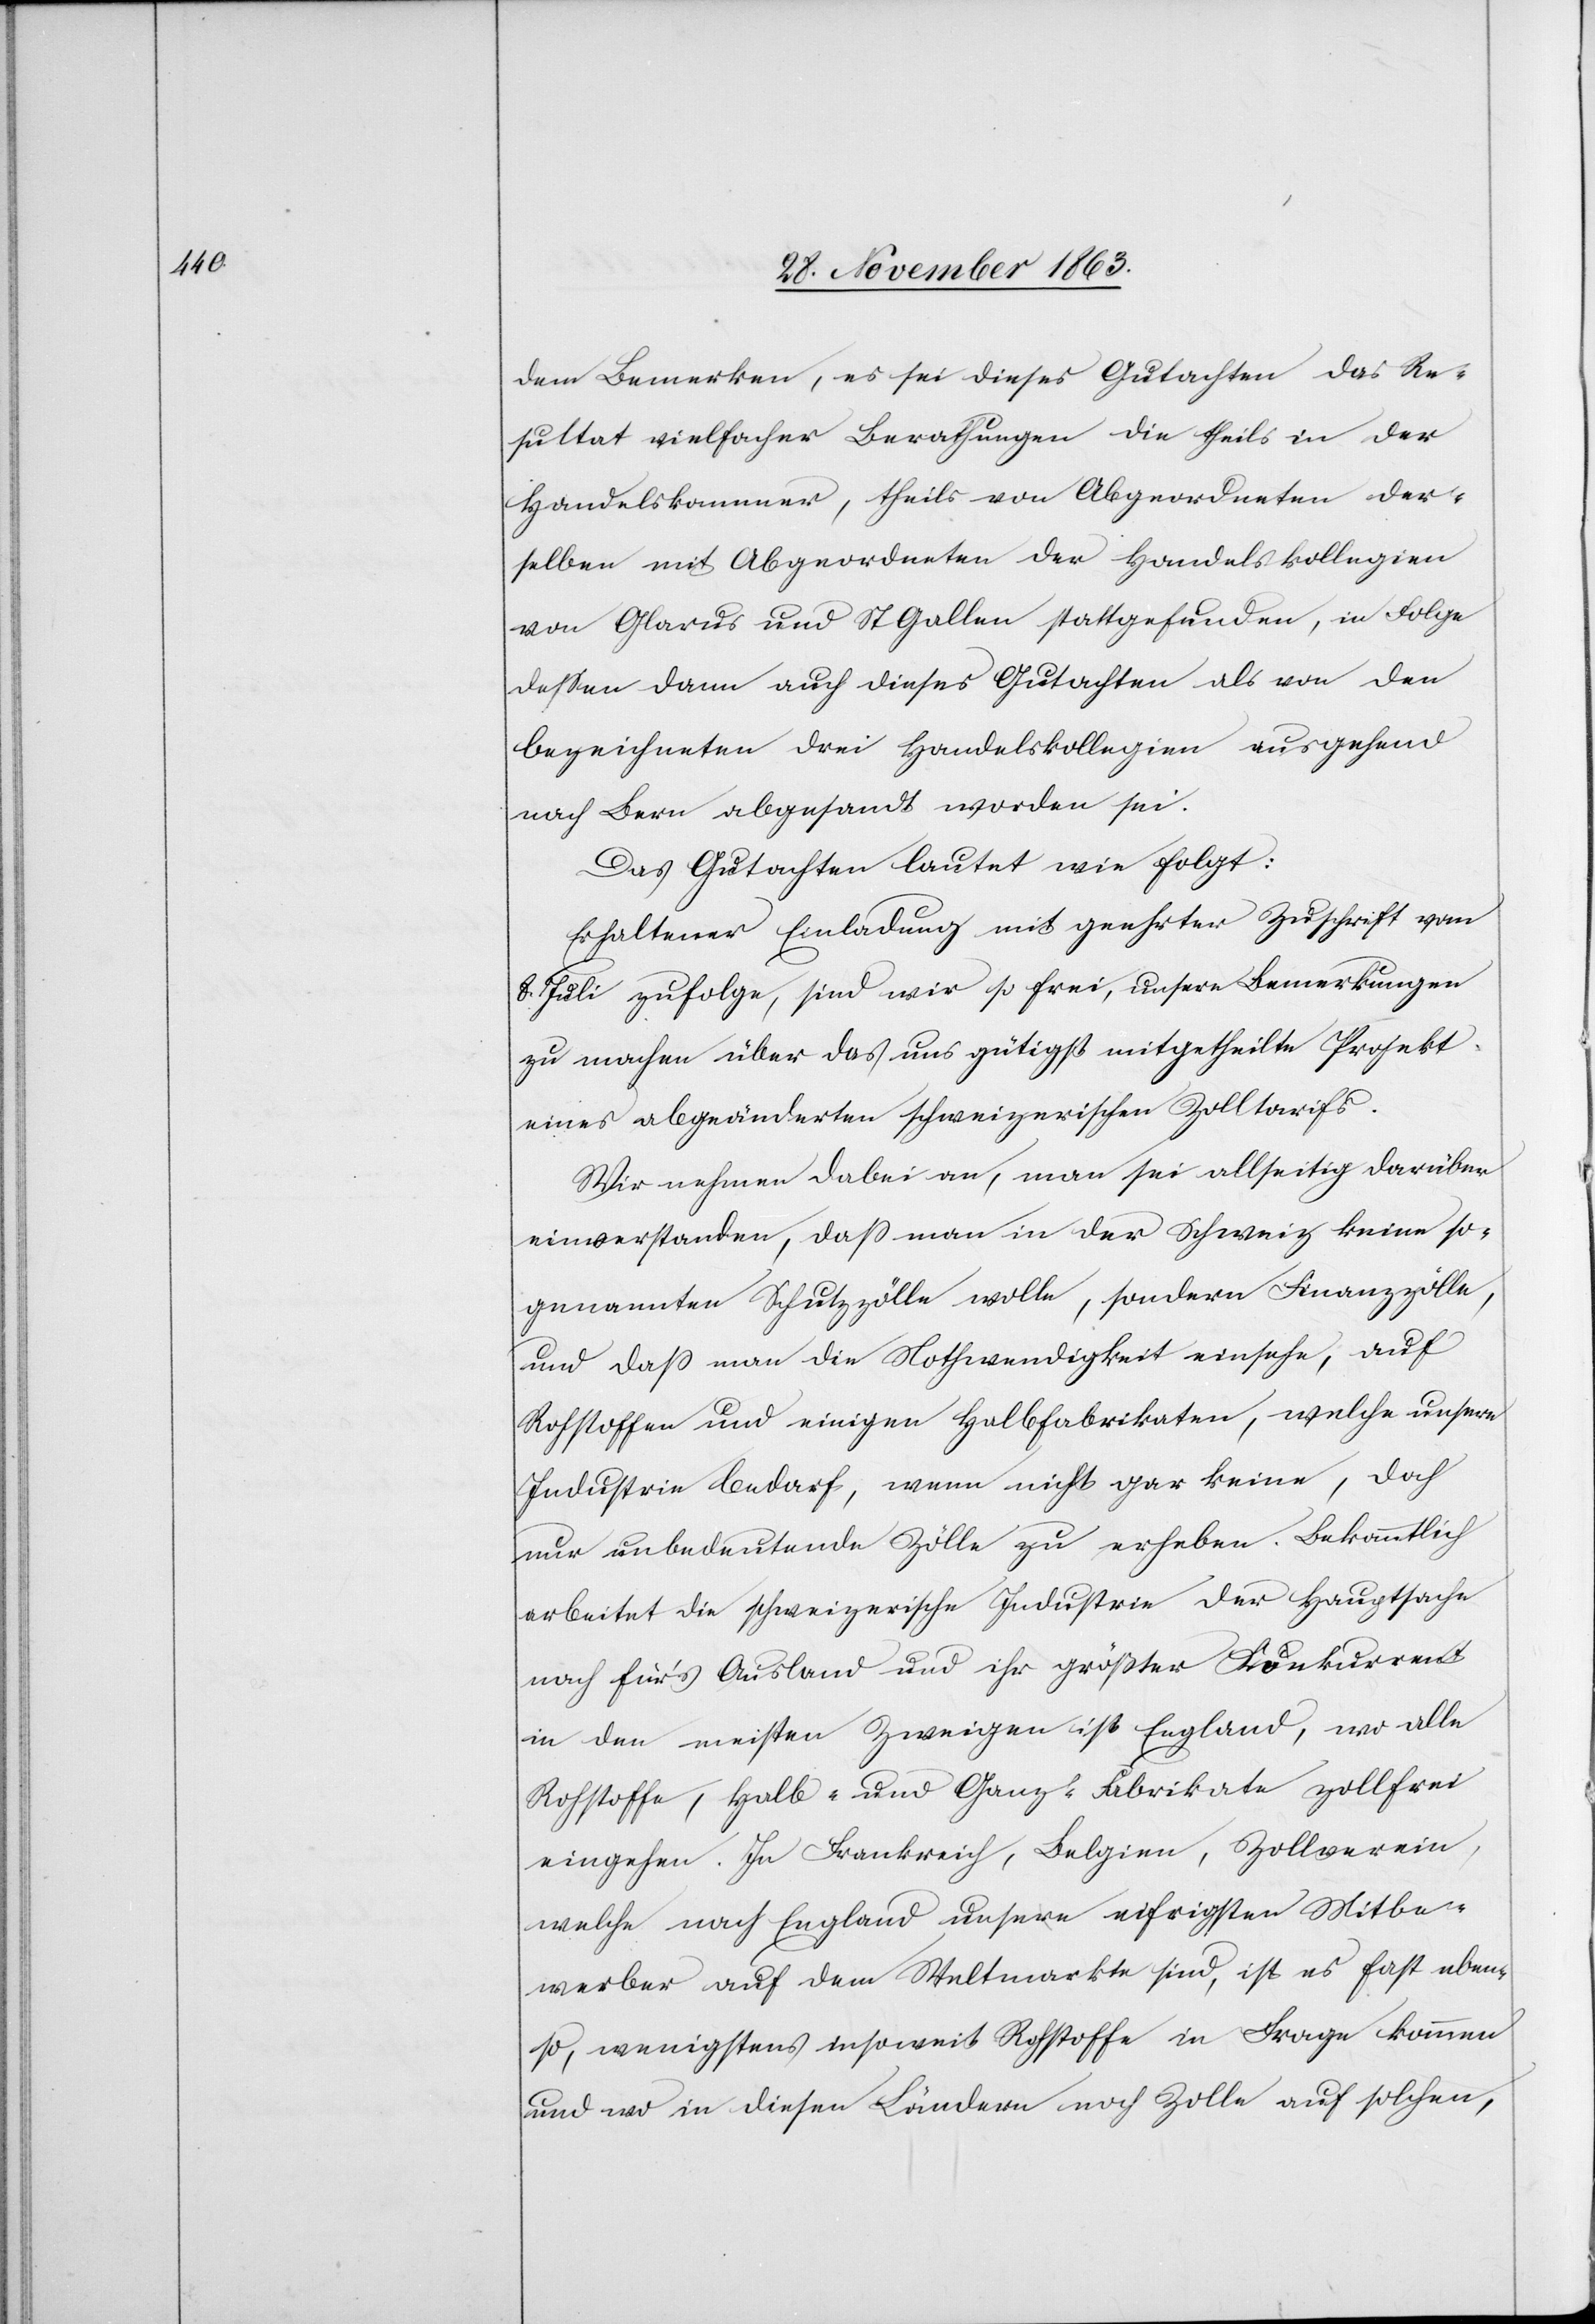
dem Bemerken, es sei dieses Gutachten das Re¬
sultat vielfacher Berathungen die theils in der
Handelskammer, theils von Abgeordneten der¬
selben mit Abgeordneten der Handelskollegien
von Glarus und St Gallen stattgefunden, in Folge
dessen dann auch dieses Gutachten als von den
bezeichneten drei Handelskollegien ausgehend
nach Bern abgesandt worden sei.
Das Gutachten lautet wie folgt:
Erhaltener Einladung mit geehrter Zuschrift vom
8. Juli zufolge, sind wir so frei, unsere Bemerkungen
zu machen über das uns gütigst mitgetheilte Projekt
eines abgeänderten schweizerischen Zolltarifs.
Wir nehmen dabei an, man sei allseitig darüber
einverstanden, dass man in der Schweiz keine so¬
genannten Schutzzölle wolle, sondern Finanzzölle,
und dass man die Nothwendigkeit einsehe, auf
Rohstoffen und einigen Halbfabrikaten, welche unsere
Industrie bedarf, wenn nicht gar keine, doch
nur unbedeutende Zölle zu erheben. Bekanntlich
arbeitet die schweizerische Industrie der Hauptsache
nach für's Ausland und ihr größter Konkurrent
in den meisten Zweigen ist England, wo alle
Rohstoffe, Halb- und Ganz-Fabrikate zollfrei
eingehen. In Frankreich, Belgien, Zollverein,
welche nach England unsere eifrigsten Mitbe¬
werber auf dem Weltmarkte sind, ist es fast eben¬
so, wenigstens insoweit Rohstoffe in Frage kommen
und wo in diesen Ländern noch Zolle auf solchen,